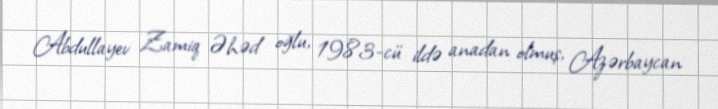
Abdullayev Zamiq Əhəd oğlu, 1983-cü ildə anadan olmuş, Azərbaycan